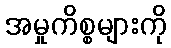
အမှုကိစ္စများကို